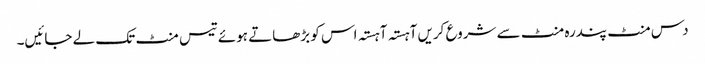
دس منٹ پندرہ منٹ سے شروع کریں آہستہ آہستہ اس کو بڑھاتے ہوئے تیس منٹ تک لے جائیں۔